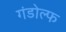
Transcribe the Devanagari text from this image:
गंडोल्फ